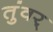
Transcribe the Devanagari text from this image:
तुंवर्